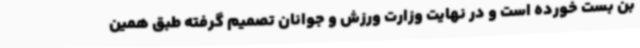
بن بست خورده است و در نهایت وزارت ورزش و جوانان تصمیم گرفته طبق همین